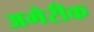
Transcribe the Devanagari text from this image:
अमेरीक